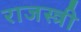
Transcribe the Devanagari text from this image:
राजस्त्री